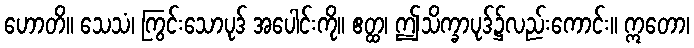
ဟောတိ။ သေသံ၊ ကြွင်းသောပုဒ် အပေါင်းကို။ ဧတ္ထ၊ ဤသိက္ခာပုဒ်၌လည်းကောင်း။ ဣတော၊